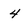
Character: 4